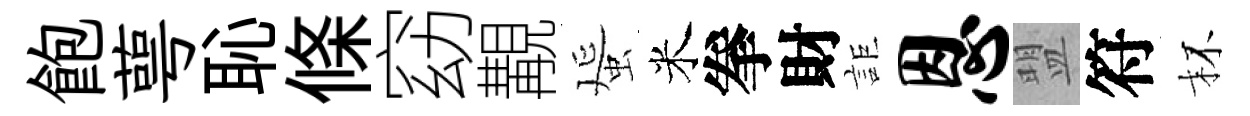
飽萼恥條窈覯蜑米拳財詎恩盟符杯